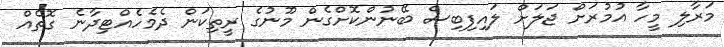
މަރާލި މީހާ އުމުރަށް ޖަލަށް ލައިފިބިސް ބޭނުންކޮށްގެން މޫނުގެ ރީތިކަން ދެމެހެއްޓިދާނެ ގޮތެއް